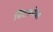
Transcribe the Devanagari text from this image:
विटंबनेचा